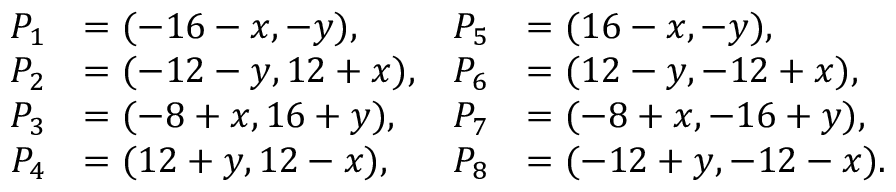
\begin{array} { r l r l } { P _ { 1 } } & { = ( - 1 6 - x , - y ) , } & { P _ { 5 } } & { = ( 1 6 - x , - y ) , } \\ { P _ { 2 } } & { = ( - 1 2 - y , 1 2 + x ) , } & { P _ { 6 } } & { = ( 1 2 - y , - 1 2 + x ) , } \\ { P _ { 3 } } & { = ( - 8 + x , 1 6 + y ) , } & { P _ { 7 } } & { = ( - 8 + x , - 1 6 + y ) , } \\ { P _ { 4 } } & { = ( 1 2 + y , 1 2 - x ) , } & { P _ { 8 } } & { = ( - 1 2 + y , - 1 2 - x ) . } \end{array}